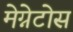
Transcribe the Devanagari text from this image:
मेग्नेटोस